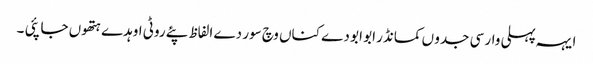
ایہہ پہلی وار سی جدو ں کمانڈر ابو ابو دے کناں وچ سور دے الفاظ پئے روٹی اوہدے ہتھوں جا پئی ۔